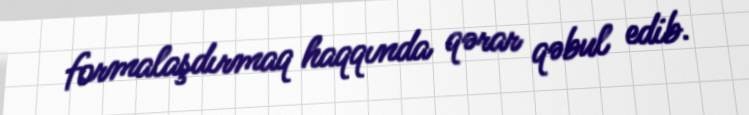
formalaşdırmaq haqqında qərar qəbul edib.